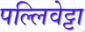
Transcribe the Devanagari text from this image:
पल्लिवेट्टा